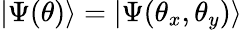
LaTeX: |\Psi(\theta)\rangle=|\Psi(\theta_{x},\theta_{y})\rangle